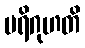
ပရိဂုဟတိ